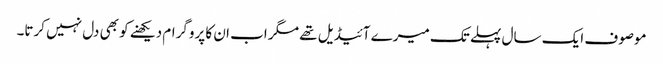
موصوف ایک سال پہلے تک میرے آئیڈیل تھے مگر اب ان کا پروگرام دیکھنے کو بھی دل نہیں کرتا۔